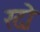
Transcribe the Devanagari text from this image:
रदो